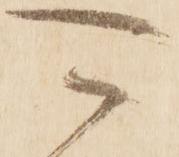
可